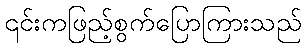
၎င်းကဖြည့်စွက်ပြောကြားသည်